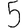
Digit: 5